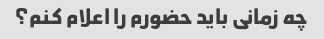
چه زمانی باید حضورم را اعلام کنم؟